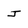
Character: J